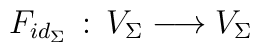
F_{id_\Sigma}\, :\, V_{\Sigma}\longrightarrow V_{\Sigma}